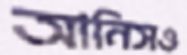
আনিসও